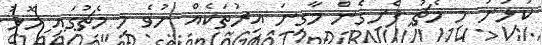
ކުޅުނު މި މެޗު ފެށިގެން މާގިނަ އިރުތަކެއް ނުވެ މި މެޗުގައި މޮޅު